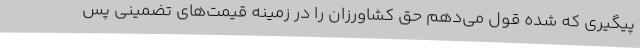
پیگیری که شده قول می‌دهم حق کشاورزان را در زمینه قیمت‌های تضمینی پس